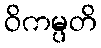
ဝိကမ္ပတိ